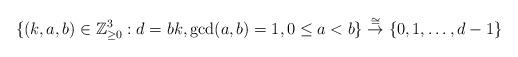
LaTeX: \begin{align*}\{(k, a, b) \in \mathbb{Z}_{\geq 0}^3 : d=bk, \gcd(a, b)=1, 0\leq a<b\}\stackrel{\cong}{\to}\{0, 1, \ldots, d-1\}\end{align*}